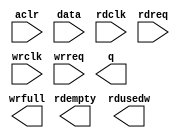
// megafunction wizard: %FIFO%VBB%
// GENERATION: STANDARD
// VERSION: WM1.0
// MODULE: dcfifo 

// ============================================================
// Megafunction Name(s):
// 			dcfifo
//
// Simulation Library Files(s):
// 			altera_mf
// ============================================================
// ************************************************************
// THIS IS A WIZARD-GENERATED FILE. DO NOT EDIT THIS FILE!
//
// 13.0.1 Build 232 06/12/2013 SP 1 SJ Full Version
// ************************************************************

//Copyright (C) 1991-2013 Altera Corporation
//Your use of Altera Corporation's design tools, logic functions 
//and other software and tools, and its AMPP partner logic 
//functions, and any output files from any of the foregoing 
//(including device programming or simulation files), and any 
//associated documentation or information are expressly subject 
//to the terms and conditions of the Altera Program License 
//Subscription Agreement, Altera MegaCore Function License 
//Agreement, or other applicable license agreement, including, 
//without limitation, that your use is for the sole purpose of 
//programming logic devices manufactured by Altera and sold by 
//Altera or its authorized distributors.  Please refer to the 
//applicable agreement for further details.

module ir_fifo (
	aclr,
	data,
	rdclk,
	rdreq,
	wrclk,
	wrreq,
	q,
	rdempty,
	rdusedw,
	wrfull);

	input	  aclr;
	input	[31:0]  data;
	input	  rdclk;
	input	  rdreq;
	input	  wrclk;
	input	  wrreq;
	output	[31:0]  q;
	output	  rdempty;
	output	[4:0]  rdusedw;
	output	  wrfull;
`ifndef ALTERA_RESERVED_QIS
// synopsys translate_off
`endif
	tri0	  aclr;
`ifndef ALTERA_RESERVED_QIS
// synopsys translate_on
`endif

endmodule

// ============================================================
// CNX file retrieval info
// ============================================================
// Retrieval info: PRIVATE: AlmostEmpty NUMERIC "0"
// Retrieval info: PRIVATE: AlmostEmptyThr NUMERIC "-1"
// Retrieval info: PRIVATE: AlmostFull NUMERIC "0"
// Retrieval info: PRIVATE: AlmostFullThr NUMERIC "-1"
// Retrieval info: PRIVATE: CLOCKS_ARE_SYNCHRONIZED NUMERIC "0"
// Retrieval info: PRIVATE: Clock NUMERIC "4"
// Retrieval info: PRIVATE: Depth NUMERIC "32"
// Retrieval info: PRIVATE: Empty NUMERIC "1"
// Retrieval info: PRIVATE: Full NUMERIC "1"
// Retrieval info: PRIVATE: INTENDED_DEVICE_FAMILY STRING "Cyclone V"
// Retrieval info: PRIVATE: LE_BasedFIFO NUMERIC "0"
// Retrieval info: PRIVATE: LegacyRREQ NUMERIC "1"
// Retrieval info: PRIVATE: MAX_DEPTH_BY_9 NUMERIC "0"
// Retrieval info: PRIVATE: OVERFLOW_CHECKING NUMERIC "0"
// Retrieval info: PRIVATE: Optimize NUMERIC "2"
// Retrieval info: PRIVATE: RAM_BLOCK_TYPE NUMERIC "0"
// Retrieval info: PRIVATE: SYNTH_WRAPPER_GEN_POSTFIX STRING "0"
// Retrieval info: PRIVATE: UNDERFLOW_CHECKING NUMERIC "0"
// Retrieval info: PRIVATE: UsedW NUMERIC "1"
// Retrieval info: PRIVATE: Width NUMERIC "32"
// Retrieval info: PRIVATE: dc_aclr NUMERIC "1"
// Retrieval info: PRIVATE: diff_widths NUMERIC "0"
// Retrieval info: PRIVATE: msb_usedw NUMERIC "0"
// Retrieval info: PRIVATE: output_width NUMERIC "32"
// Retrieval info: PRIVATE: rsEmpty NUMERIC "1"
// Retrieval info: PRIVATE: rsFull NUMERIC "0"
// Retrieval info: PRIVATE: rsUsedW NUMERIC "1"
// Retrieval info: PRIVATE: sc_aclr NUMERIC "0"
// Retrieval info: PRIVATE: sc_sclr NUMERIC "0"
// Retrieval info: PRIVATE: wsEmpty NUMERIC "0"
// Retrieval info: PRIVATE: wsFull NUMERIC "1"
// Retrieval info: PRIVATE: wsUsedW NUMERIC "0"
// Retrieval info: LIBRARY: altera_mf altera_mf.altera_mf_components.all
// Retrieval info: CONSTANT: INTENDED_DEVICE_FAMILY STRING "Cyclone V"
// Retrieval info: CONSTANT: LPM_NUMWORDS NUMERIC "32"
// Retrieval info: CONSTANT: LPM_SHOWAHEAD STRING "OFF"
// Retrieval info: CONSTANT: LPM_TYPE STRING "dcfifo"
// Retrieval info: CONSTANT: LPM_WIDTH NUMERIC "32"
// Retrieval info: CONSTANT: LPM_WIDTHU NUMERIC "5"
// Retrieval info: CONSTANT: OVERFLOW_CHECKING STRING "ON"
// Retrieval info: CONSTANT: RDSYNC_DELAYPIPE NUMERIC "5"
// Retrieval info: CONSTANT: READ_ACLR_SYNCH STRING "OFF"
// Retrieval info: CONSTANT: UNDERFLOW_CHECKING STRING "ON"
// Retrieval info: CONSTANT: USE_EAB STRING "ON"
// Retrieval info: CONSTANT: WRITE_ACLR_SYNCH STRING "ON"
// Retrieval info: CONSTANT: WRSYNC_DELAYPIPE NUMERIC "5"
// Retrieval info: USED_PORT: aclr 0 0 0 0 INPUT GND "aclr"
// Retrieval info: USED_PORT: data 0 0 32 0 INPUT NODEFVAL "data[31..0]"
// Retrieval info: USED_PORT: q 0 0 32 0 OUTPUT NODEFVAL "q[31..0]"
// Retrieval info: USED_PORT: rdclk 0 0 0 0 INPUT NODEFVAL "rdclk"
// Retrieval info: USED_PORT: rdempty 0 0 0 0 OUTPUT NODEFVAL "rdempty"
// Retrieval info: USED_PORT: rdreq 0 0 0 0 INPUT NODEFVAL "rdreq"
// Retrieval info: USED_PORT: rdusedw 0 0 5 0 OUTPUT NODEFVAL "rdusedw[4..0]"
// Retrieval info: USED_PORT: wrclk 0 0 0 0 INPUT NODEFVAL "wrclk"
// Retrieval info: USED_PORT: wrfull 0 0 0 0 OUTPUT NODEFVAL "wrfull"
// Retrieval info: USED_PORT: wrreq 0 0 0 0 INPUT NODEFVAL "wrreq"
// Retrieval info: CONNECT: @aclr 0 0 0 0 aclr 0 0 0 0
// Retrieval info: CONNECT: @data 0 0 32 0 data 0 0 32 0
// Retrieval info: CONNECT: @rdclk 0 0 0 0 rdclk 0 0 0 0
// Retrieval info: CONNECT: @rdreq 0 0 0 0 rdreq 0 0 0 0
// Retrieval info: CONNECT: @wrclk 0 0 0 0 wrclk 0 0 0 0
// Retrieval info: CONNECT: @wrreq 0 0 0 0 wrreq 0 0 0 0
// Retrieval info: CONNECT: q 0 0 32 0 @q 0 0 32 0
// Retrieval info: CONNECT: rdempty 0 0 0 0 @rdempty 0 0 0 0
// Retrieval info: CONNECT: rdusedw 0 0 5 0 @rdusedw 0 0 5 0
// Retrieval info: CONNECT: wrfull 0 0 0 0 @wrfull 0 0 0 0
// Retrieval info: GEN_FILE: TYPE_NORMAL ir_fifo.v TRUE
// Retrieval info: GEN_FILE: TYPE_NORMAL ir_fifo.inc FALSE
// Retrieval info: GEN_FILE: TYPE_NORMAL ir_fifo.cmp FALSE
// Retrieval info: GEN_FILE: TYPE_NORMAL ir_fifo.bsf FALSE
// Retrieval info: GEN_FILE: TYPE_NORMAL ir_fifo_inst.v FALSE
// Retrieval info: GEN_FILE: TYPE_NORMAL ir_fifo_bb.v TRUE
// Retrieval info: LIB_FILE: altera_mf